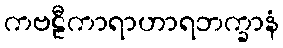
ကဗဠီကာရာဟာရဘက္ခာနံ